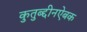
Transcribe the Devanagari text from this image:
कुतुब्द्दीनऐबक